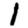
Digit: 1